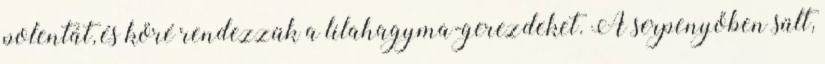
polentát, és köré rendezzük a lilahagyma-gerezdeket. A serpenyőben sült,